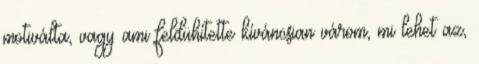
motiválta, vagy ami feldühítette kíváncsian várom, mi lehet az,